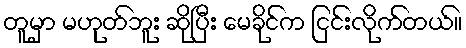
တူမှာ မဟုတ်ဘူး ဆိုပြီး မေခိုင်က ငြင်းလိုက်တယ်။